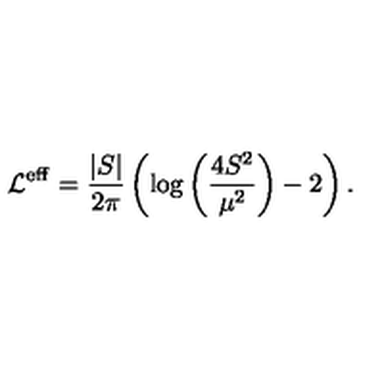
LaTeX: { \cal L } ^ { \mathrm { \scriptsize e f f } } = \frac { | S | } { 2 \pi } \left( \log { \left( \frac { 4 S ^ { 2 } } { \mu ^ { 2 } } \right) } - 2 \right) .